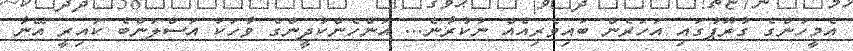
އެމީހުންގެ ގުރޫޕުގައި އަހަރެން ބައިވެރިއެއް ނުކުރާނެ... އަންހެންކުދީންގެ ވާހަކަ އަސްލަންބެ ކައިރީ އޭނާ